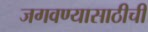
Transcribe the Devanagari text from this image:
जगवण्यासाठीची